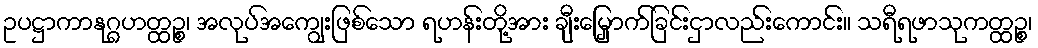
ဥပဋ္ဌာကာနုဂ္ဂဟတ္ထဉ္စ၊ အလုပ်အကျွေးဖြစ်သော ရဟန်းတို့အား ချီးမြှောက်ခြင်းငှာလည်းကောင်း။ သရီရဖာသုကတ္ထဉ္စ၊